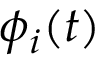
\phi _ { i } ( t )